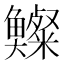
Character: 𩾍